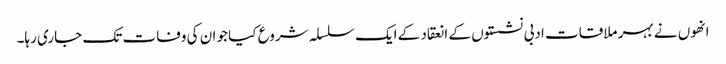
انھوں نے بہر ملاقات ادبی نشستوں کے انعقاد کے ایک سلسلہ شروع کیا جو ان کی وفات تک جاری رہا۔